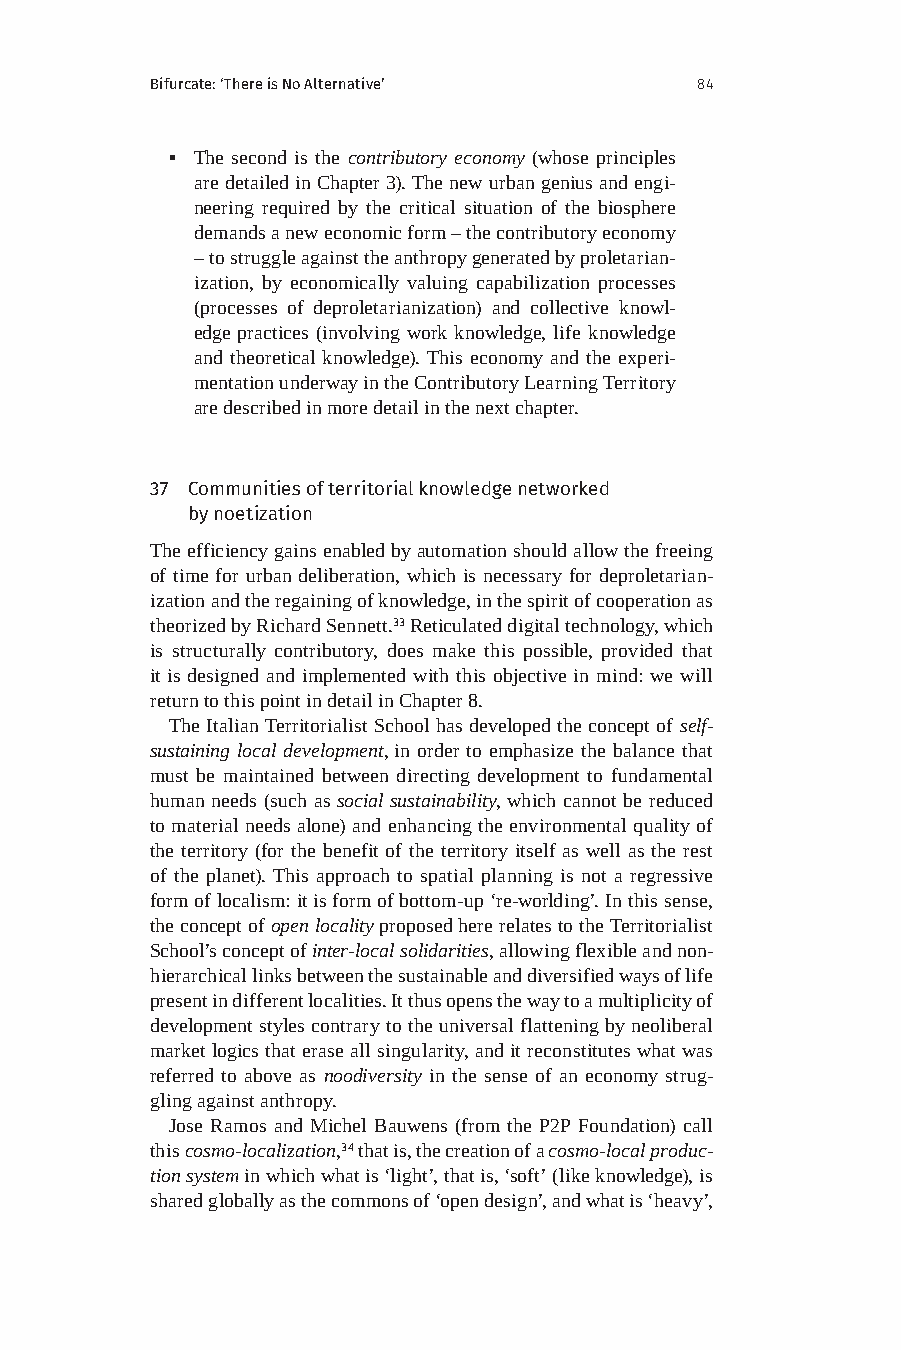
Bifurcate: ‘There is No Alternative’ 84
 ▪ The second is the contributory economy (whose principles
 are detailed in Chapter 3). The new urban genius and engi-
 neering required by the critical situation of the biosphere
 demands a new economic form – the contributory economy
 – to struggle against the anthropy generated by proletarian-
 ization, by economically valuing capabilization processes
 (processes of deproletarianization) and collective knowl-
 edge practices (involving work knowledge, life knowledge
 and theoretical knowledge). This economy and the experi-
 mentation underway in the Contributory Learning Territory
 are described in more detail in the next chapter.
 37 Communities of territorial knowledge networked
 by noetization
 The efficiency gains enabled by automation should allow the freeing
 of time for urban deliberation, which is necessary for deproletarian-
 ization and the regaining of knowledge, in the spirit of cooperation as
 theorized by Richard Sennett.33 Reticulated digital technology, which
 is structurally contributory, does make this possible, provided that
 it is designed and implemented with this objective in mind: we will
 return to this point in detail in Chapter 8.
 The Italian Territorialist School has developed the concept of self-
 sustaining local development, in order to emphasize the balance that
 must be maintained between directing development to fundamental
 human needs (such as social sustainability, which cannot be reduced
 to material needs alone) and enhancing the environmental quality of
 the territory (for the benefit of the territory itself as well as the rest
 of the planet). This approach to spatial planning is not a regressive
 form of localism: it is form of bottom-up ‘re-worlding’. In this sense,
 the concept of open locality proposed here relates to the Territorialist
 School’s concept of inter-local solidarities, allowing flexible and non-
 hierarchical links between the sustainable and diversified ways of life
 present in different localities. It thus opens the way to a multiplicity of
 development styles contrary to the universal flattening by neoliberal
 market logics that erase all singularity, and it reconstitutes what was
 referred to above as noodiversity in the sense of an economy strug-
 gling against anthropy.
 Jose Ramos and Michel Bauwens (from the P2P Foundation) call
 this cosmo-localization,34 that is, the creation of a cosmo-local produc-
 tion system in which what is ‘light’, that is, ‘soft’ (like knowledge), is
 shared globally as the commons of ‘open design’, and what is ‘heavy’,